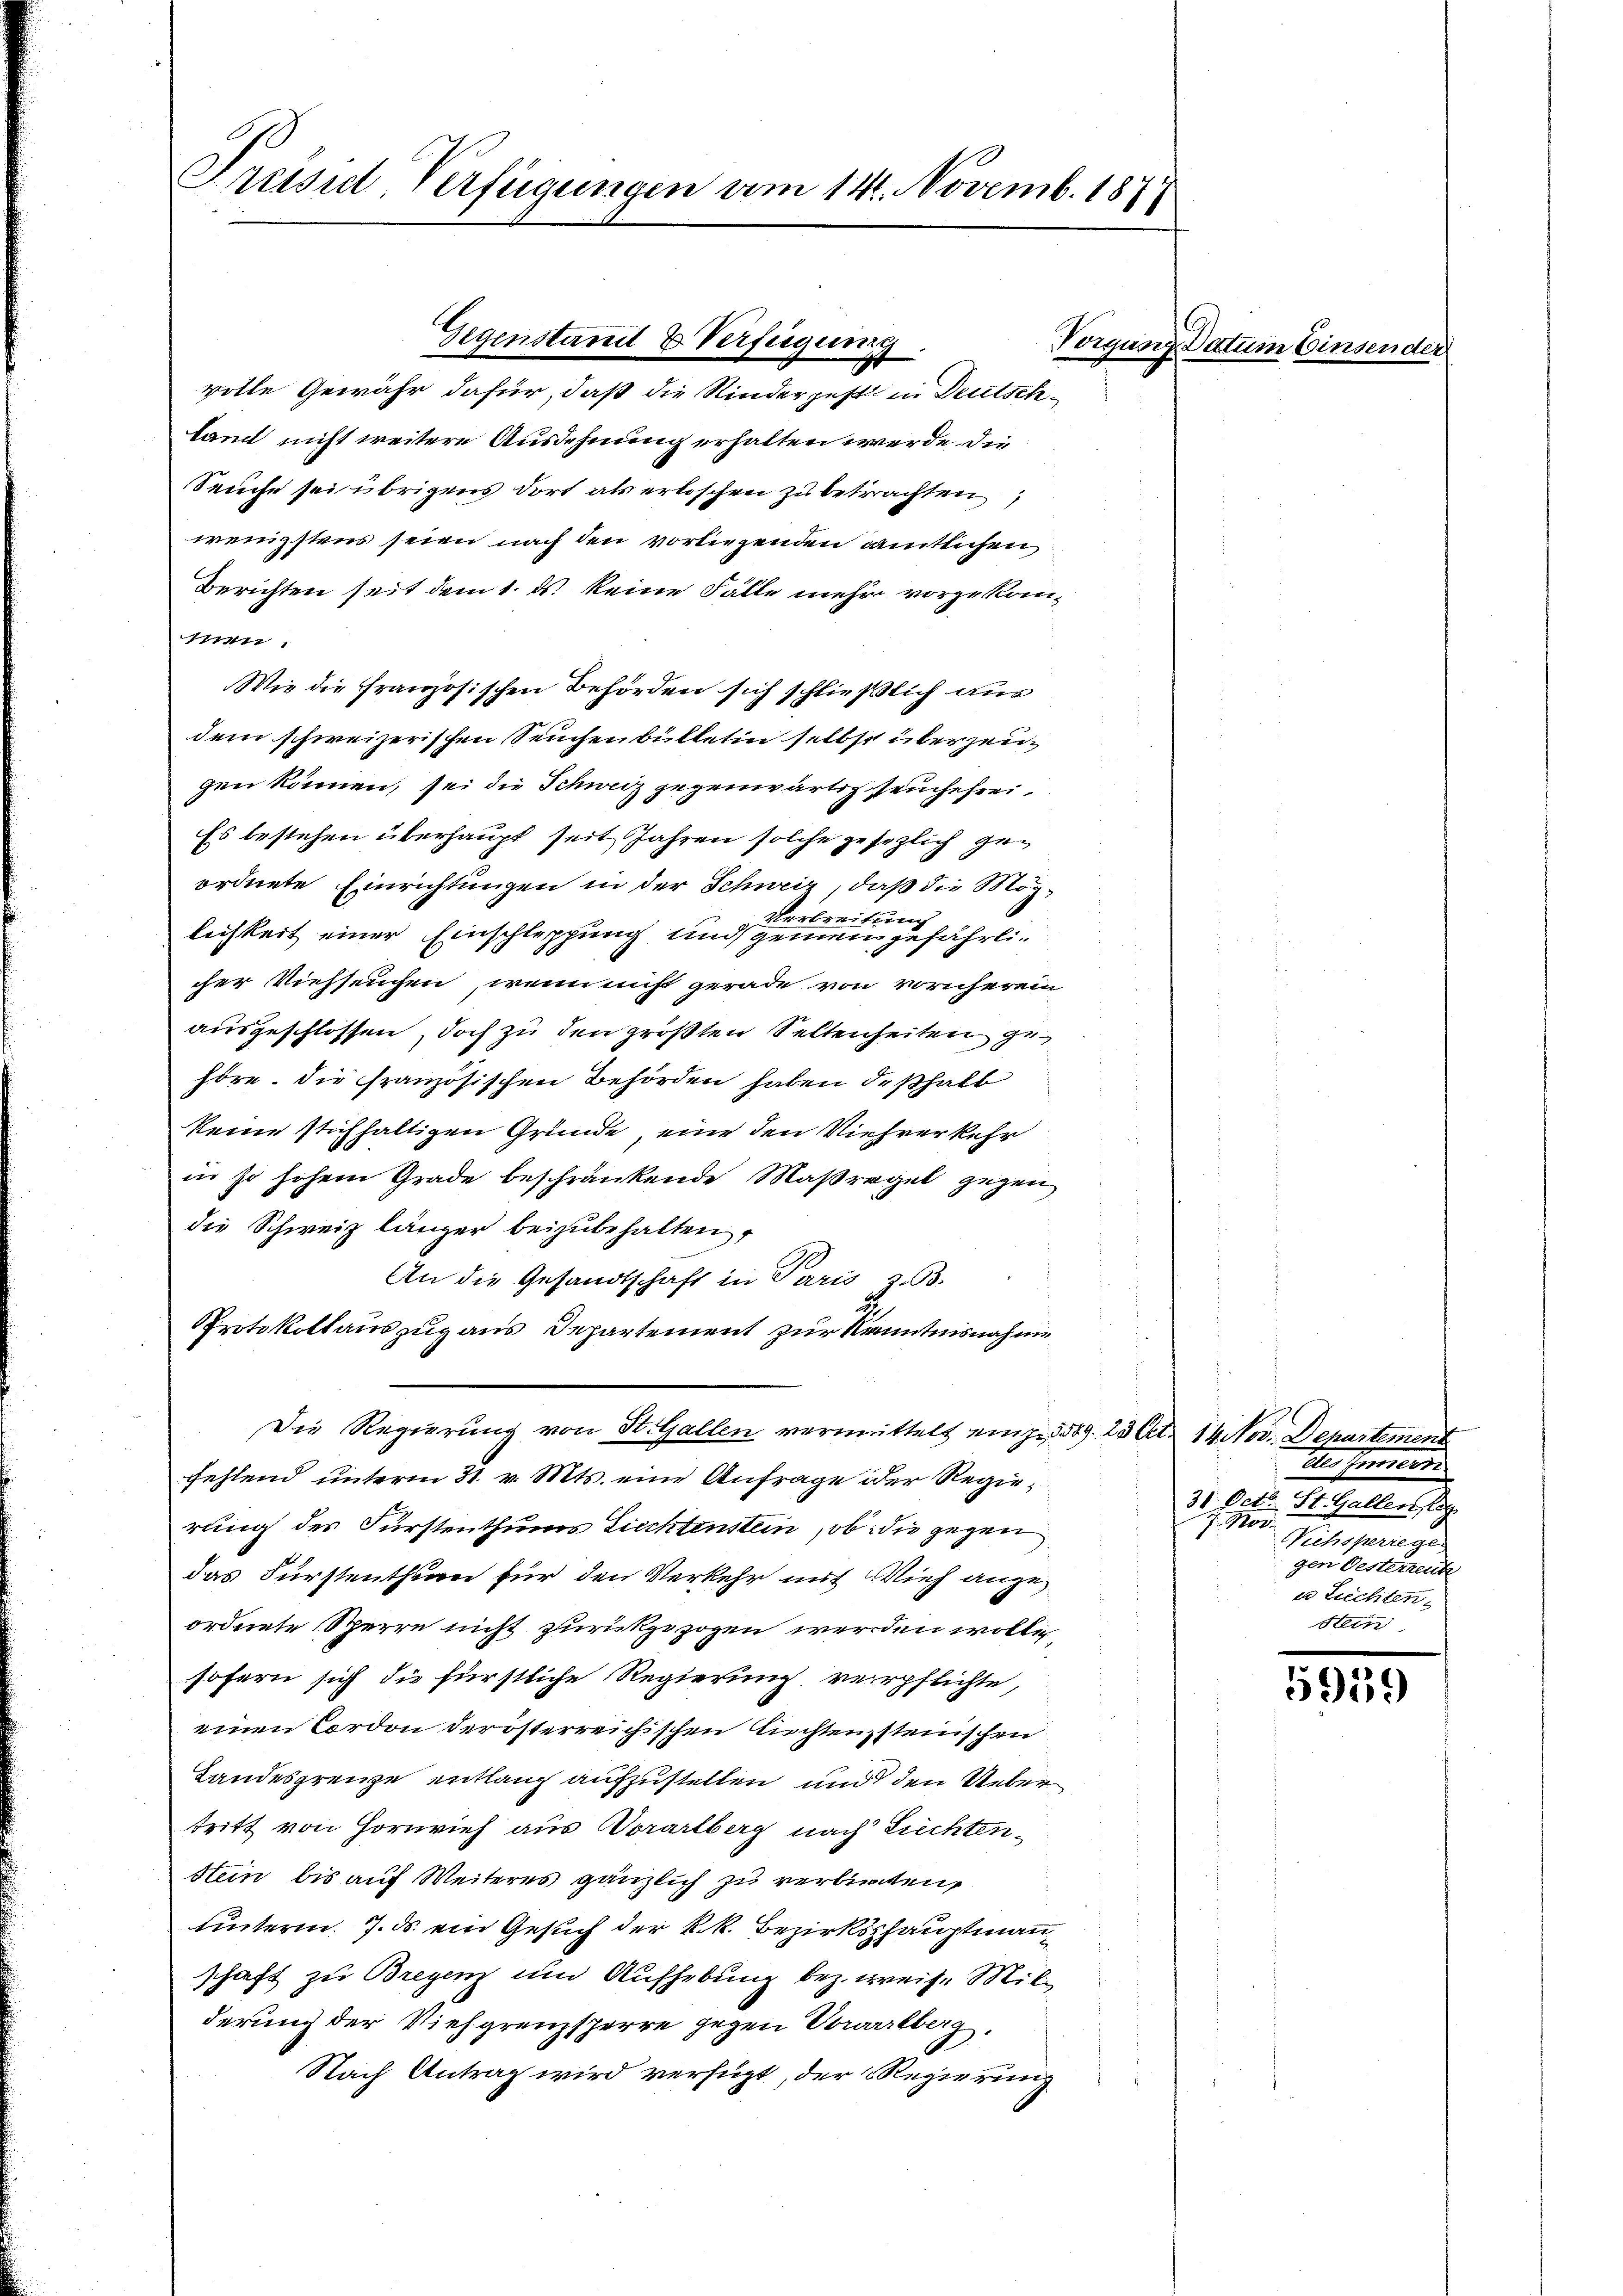
Preisid-Verfügungen vom 14. Novemb. 1878

Gegenstand & Verfügung.

volle Gewähr dafür, daß die Kindergest in Deutschland nicht weitere Ausdehnung erhalten werde, die
Seuche sei übrigens dort als erloschen zu betrachten,
wenigstens seien nach den vorliegenden amtlichen
Berichten seit dem 1. ds. keine Fälle mehr vorzukomiscen
Wie die französischen Behörden sich schließlich aus
dem schweizerischen Seuchenbülletin selbst überzeic
gen können, sei die Schweiz gegenwärtig seuche frei¬
Es bestehen überhaupt seit Jahren solche gesezlich geordnete Einrichtungen in der Schweiz, daß die Mög-
Verbreie
lichkeit einer Einschleppung und gemein gefährlicher Viehseuchen, wenn nicht gerade von vornherein,
ausgeschlossen, doch zu den größten Seltenheiten ge
höre. Die französischen Behörden haben deßhalb
keine stichhaltigen Gründe, eine den Viehrer kehr
in so hohem Grade beschränkende Maßregel gegen
die Schweiz länger beizubehalten.
An die Gesandtschaft in Paris 3. 63.
2
Protokollauszug aus Departement zur Kenntnisnahme
Die Regierung von St. Gallen vermittelt einze. 589. 25 Art. 14 Nov. Departement
fehlend unterm 31. v. Mts. eine Anfrage der Regierung des Fürstenthums Liechtenstein, ob die gegen
das Fürstenthum für den Verkehr mit Vieh ange
ordnete Sperre nicht zurückgezogen werden wollen,
sofern sich die fürstliche Regierung verpflichte,
einen Cordon der österreichischen Lichten, steinschen
Landesgrenze entlang aufzustellen und den Ueber
tritt von Hornvieh aus Vorarlberg nach Lichtenstein bis auf Weiteres gänzlich zu verbieten,
hinterm 7. ds. ein Gesuch der k.k. Bezirkshauptmann
schaft zu Bregenz und Aufhebung bez. weise Milderung der Vieh grenzsperre gegen Vorarlberg.
Nach Antrag wird verfügt, der Regierung

Torgun

na datum binsender

Der Gewere
31. Oct. St. Gallen, g
 Per
Suterunge
gen Oesterreuh
u Zuchten.
stein

5959